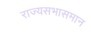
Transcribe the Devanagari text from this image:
राज्यसभासमान